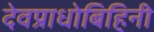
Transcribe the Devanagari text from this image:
देवप्राधोबिहिनी